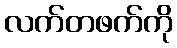
လက်တဖက်ကို